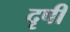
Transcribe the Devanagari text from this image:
दृषी